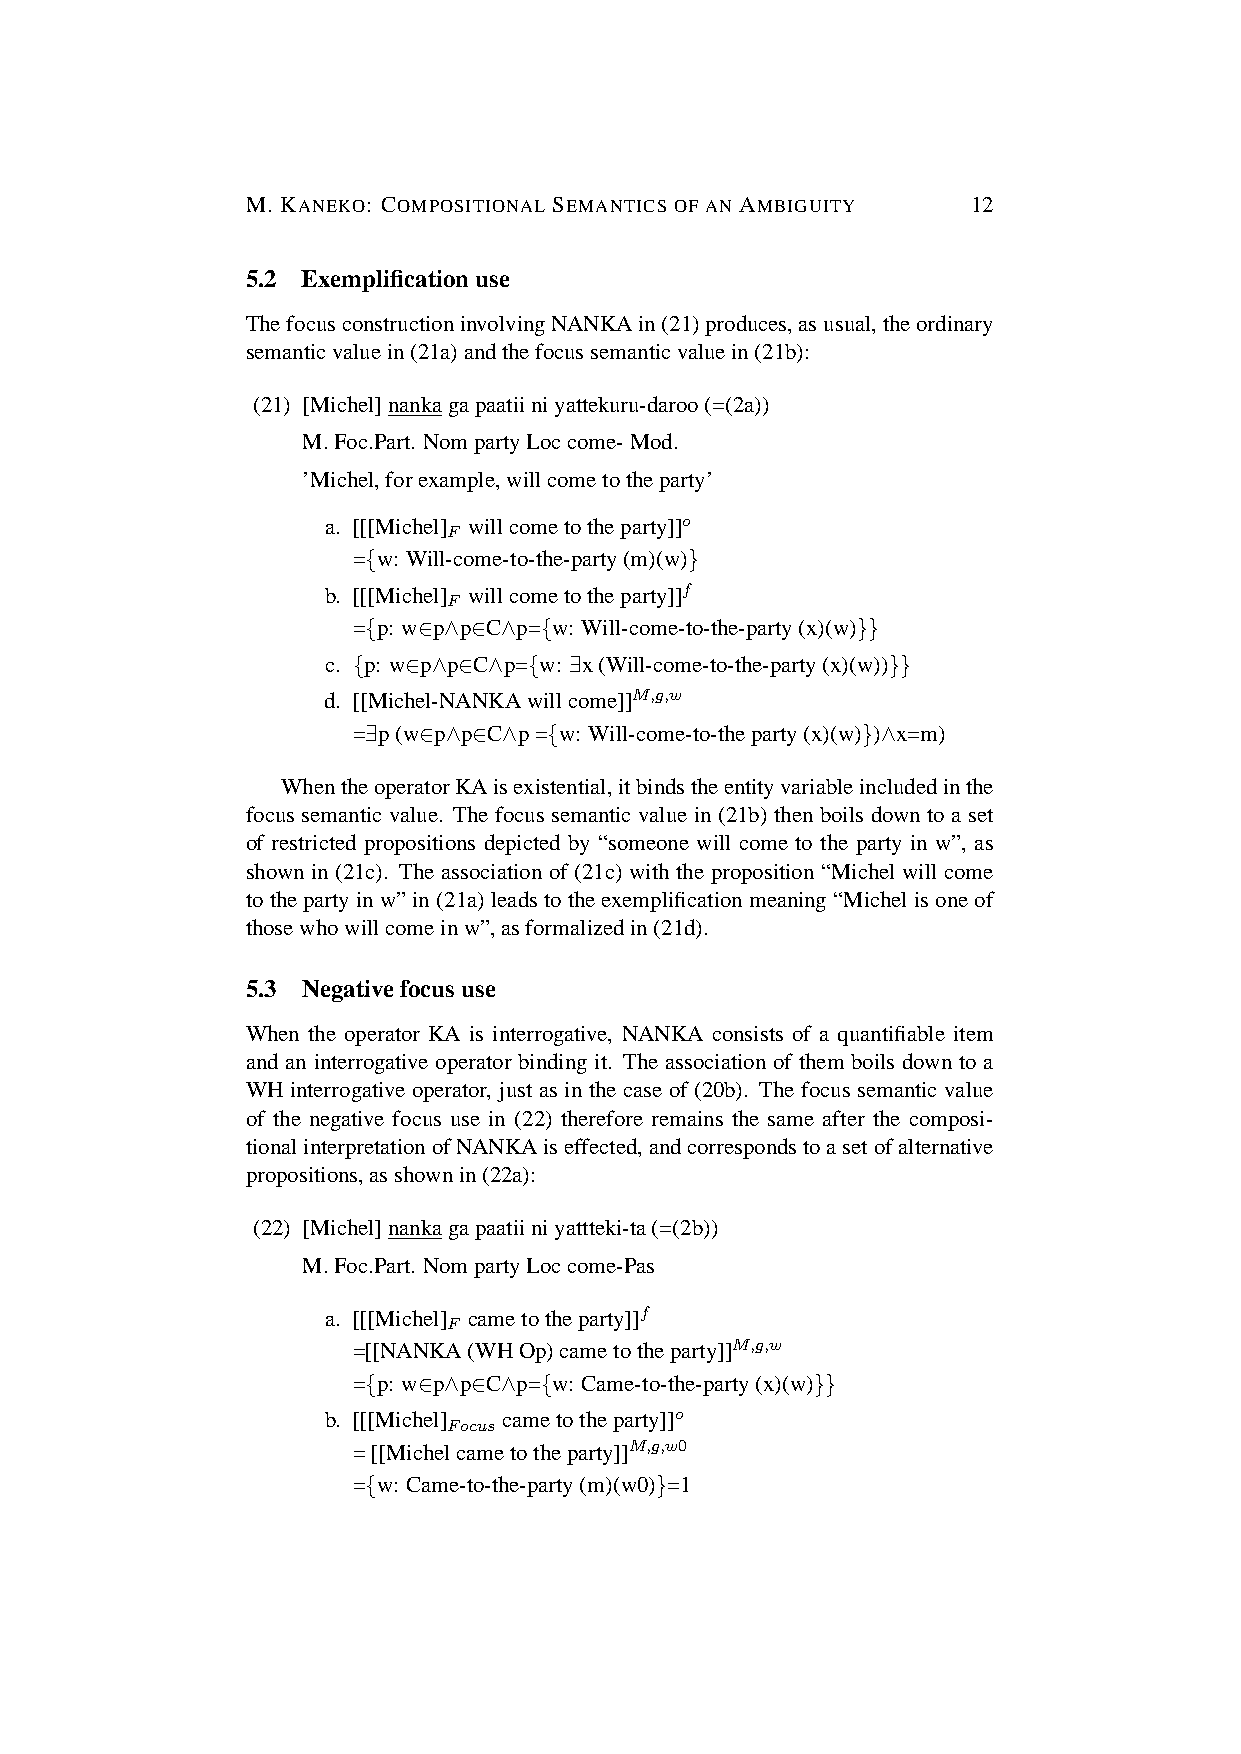
M. KANEKO: COMPOSITIONAL SEMANTICS OF AN AMBIGUITY 12
 5.2 Exemplificationuse
 ThefocusconstructioninvolvingNANKAin(21)produces,asusual,theordinary
 semanticvaluein(21a)andthefocussemanticvaluein(21b):
 (21) [Michel]nankagapaatiiniyattekuru-daroo(=(2a))
 M.Foc.Part. NompartyLoccome-Mod.
 ’Michel,forexample,willcometotheparty’
 a. [[[Michel] willcometotheparty]]o
 F
 ={w: Will-come-to-the-party(m)(w)}
 b. [[[Michel] willcometotheparty]]f
 F
 ={p: w∈p∧p∈C∧p={w: Will-come-to-the-party(x)(w)}}
 c. {p: w∈p∧p∈C∧p={w: ∃x(Will-come-to-the-party(x)(w))}}
 d. [[Michel-NANKAwillcome]]M,g,w
 =∃p(w∈p∧p∈C∧p={w: Will-come-to-theparty(x)(w)})∧x=m)
 WhentheoperatorKAisexistential,itbindstheentityvariableincludedinthe
 focus semantic value. The focus semantic value in (21b) then boils down to a set
 of restricted propositions depicted by “someone will come to the party in w”, as
 shown in (21c). The association of (21c) with the proposition “Michel will come
 tothepartyinw”in(21a)leadstotheexemplificationmeaning“Michelisoneof
 thosewhowillcomeinw”,asformalizedin(21d).
 5.3 Negativefocususe
 When the operator KA is interrogative, NANKA consists of a quantifiable item
 and an interrogative operator binding it. The association of them boils down to a
 WH interrogative operator, just as in the case of (20b). The focus semantic value
 of the negative focus use in (22) therefore remains the same after the composi-
 tionalinterpretationofNANKAiseffected,andcorrespondstoasetofalternative
 propositions,asshownin(22a):
 (22) [Michel]nankagapaatiiniyattteki-ta(=(2b))
 M.Foc.Part. NompartyLoccome-Pas
 a. [[[Michel] cametotheparty]]f
 F
 =[[NANKA(WHOp)cametotheparty]]M,g,w
 ={p: w∈p∧p∈C∧p={w: Came-to-the-party(x)(w)}}
 b. [[[Michel] cametotheparty]]o
 Focus
 =[[Michelcametotheparty]]M,g,w0
 ={w: Came-to-the-party(m)(w0)}=1